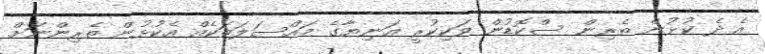
އެ ދެ ކުޅުން ތެރިން ސްކޮޑުން ވަކިކުރީ އަނިޔާގެ މައްސަލަތަކެއް އެކުޅުން ތެރިންނަށް